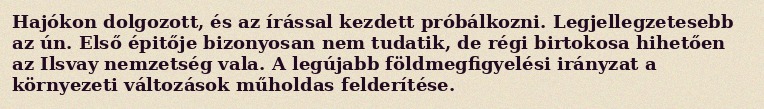
Hajókon dolgozott, és az írással kezdett próbálkozni. Legjellegzetesebb az ún. Első épitője bizonyosan nem tudatik, de régi birtokosa hihetően az Ilsvay nemzetség vala. A legújabb földmegfigyelési irányzat a környezeti változások műholdas felderítése.